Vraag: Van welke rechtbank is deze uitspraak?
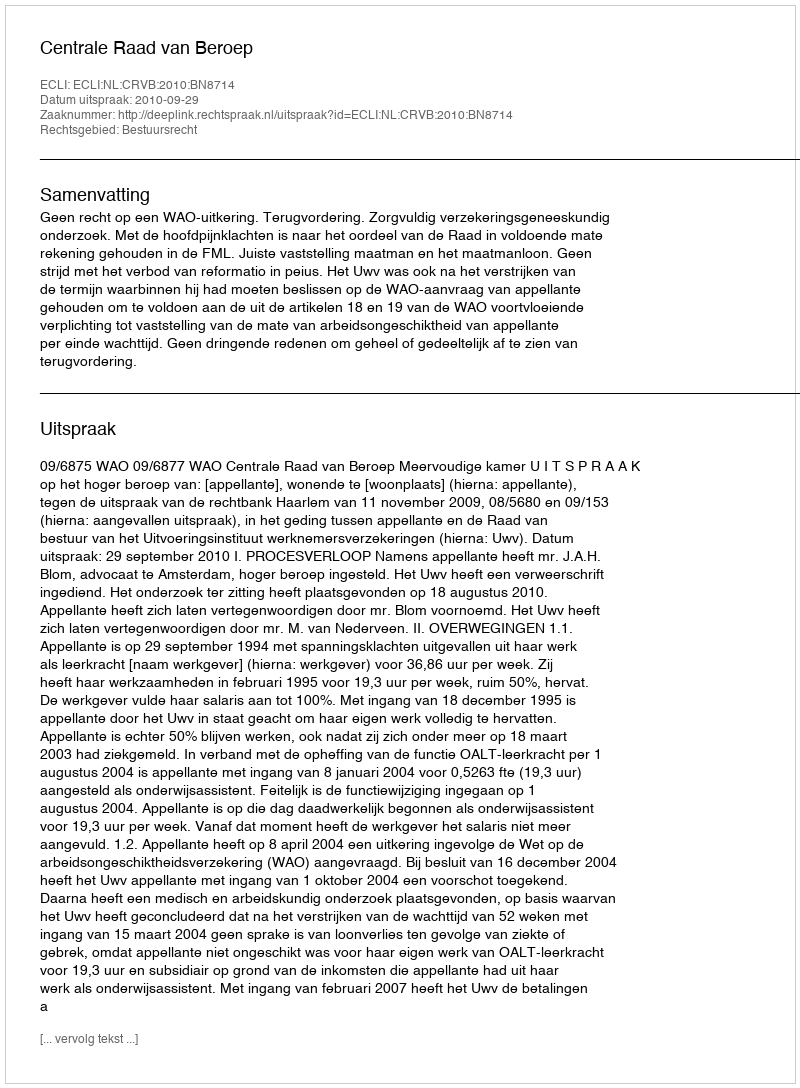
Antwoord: Centrale Raad van Beroep